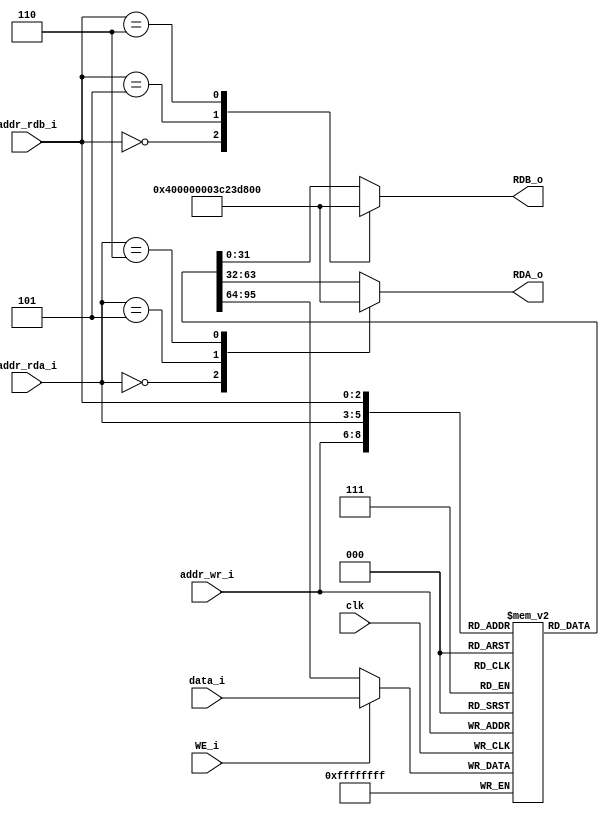
module RegisterFile(addr_rda_i, addr_rdb_i, data_i, addr_wr_i, WE_i, clk, RDA_o, RDB_o);
	input [2:0] addr_rda_i, addr_rdb_i, addr_wr_i;
	input [31:0] data_i;
	input WE_i, clk;
	output reg[31:0] RDA_o, RDB_o;
	
	// 8 registers, each with 32-bit width
	reg [31:0] registers [7:0];

	always @ (posedge clk) begin
		registers[addr_wr_i] <= (WE_i) ? data_i : registers[addr_wr_i];
	end

	always @ (addr_rda_i, addr_rdb_i) begin
		case (addr_rda_i)
			3'd0: RDA_o = 32'd0;
			3'd5: RDA_o = 32'b01000000000000000000000000000000;
			3'd6: RDA_o = 32'b00111100001000111101011100001010;
			default: RDA_o = registers[addr_rda_i];
		endcase
		
		case (addr_rdb_i)
			3'd0: RDB_o = 32'd0;
			3'd5: RDB_o = 32'b01000000000000000000000000000000;
			3'd6: RDB_o = 32'b00111100001000111101011100001010;
			default: RDB_o = registers[addr_rdb_i];
		endcase
	end
	
endmodule